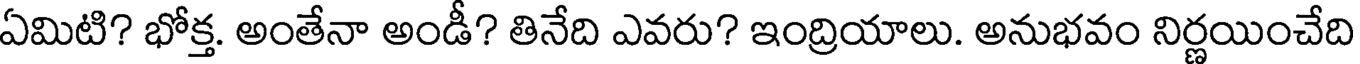
ఏమిటి? భోక్త. అంతేనా అండీ? తినేది ఎవరు? ఇంద్రియాలు. అనుభవం నిర్ణయించేది